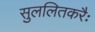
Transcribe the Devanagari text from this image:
सुललितकरैः